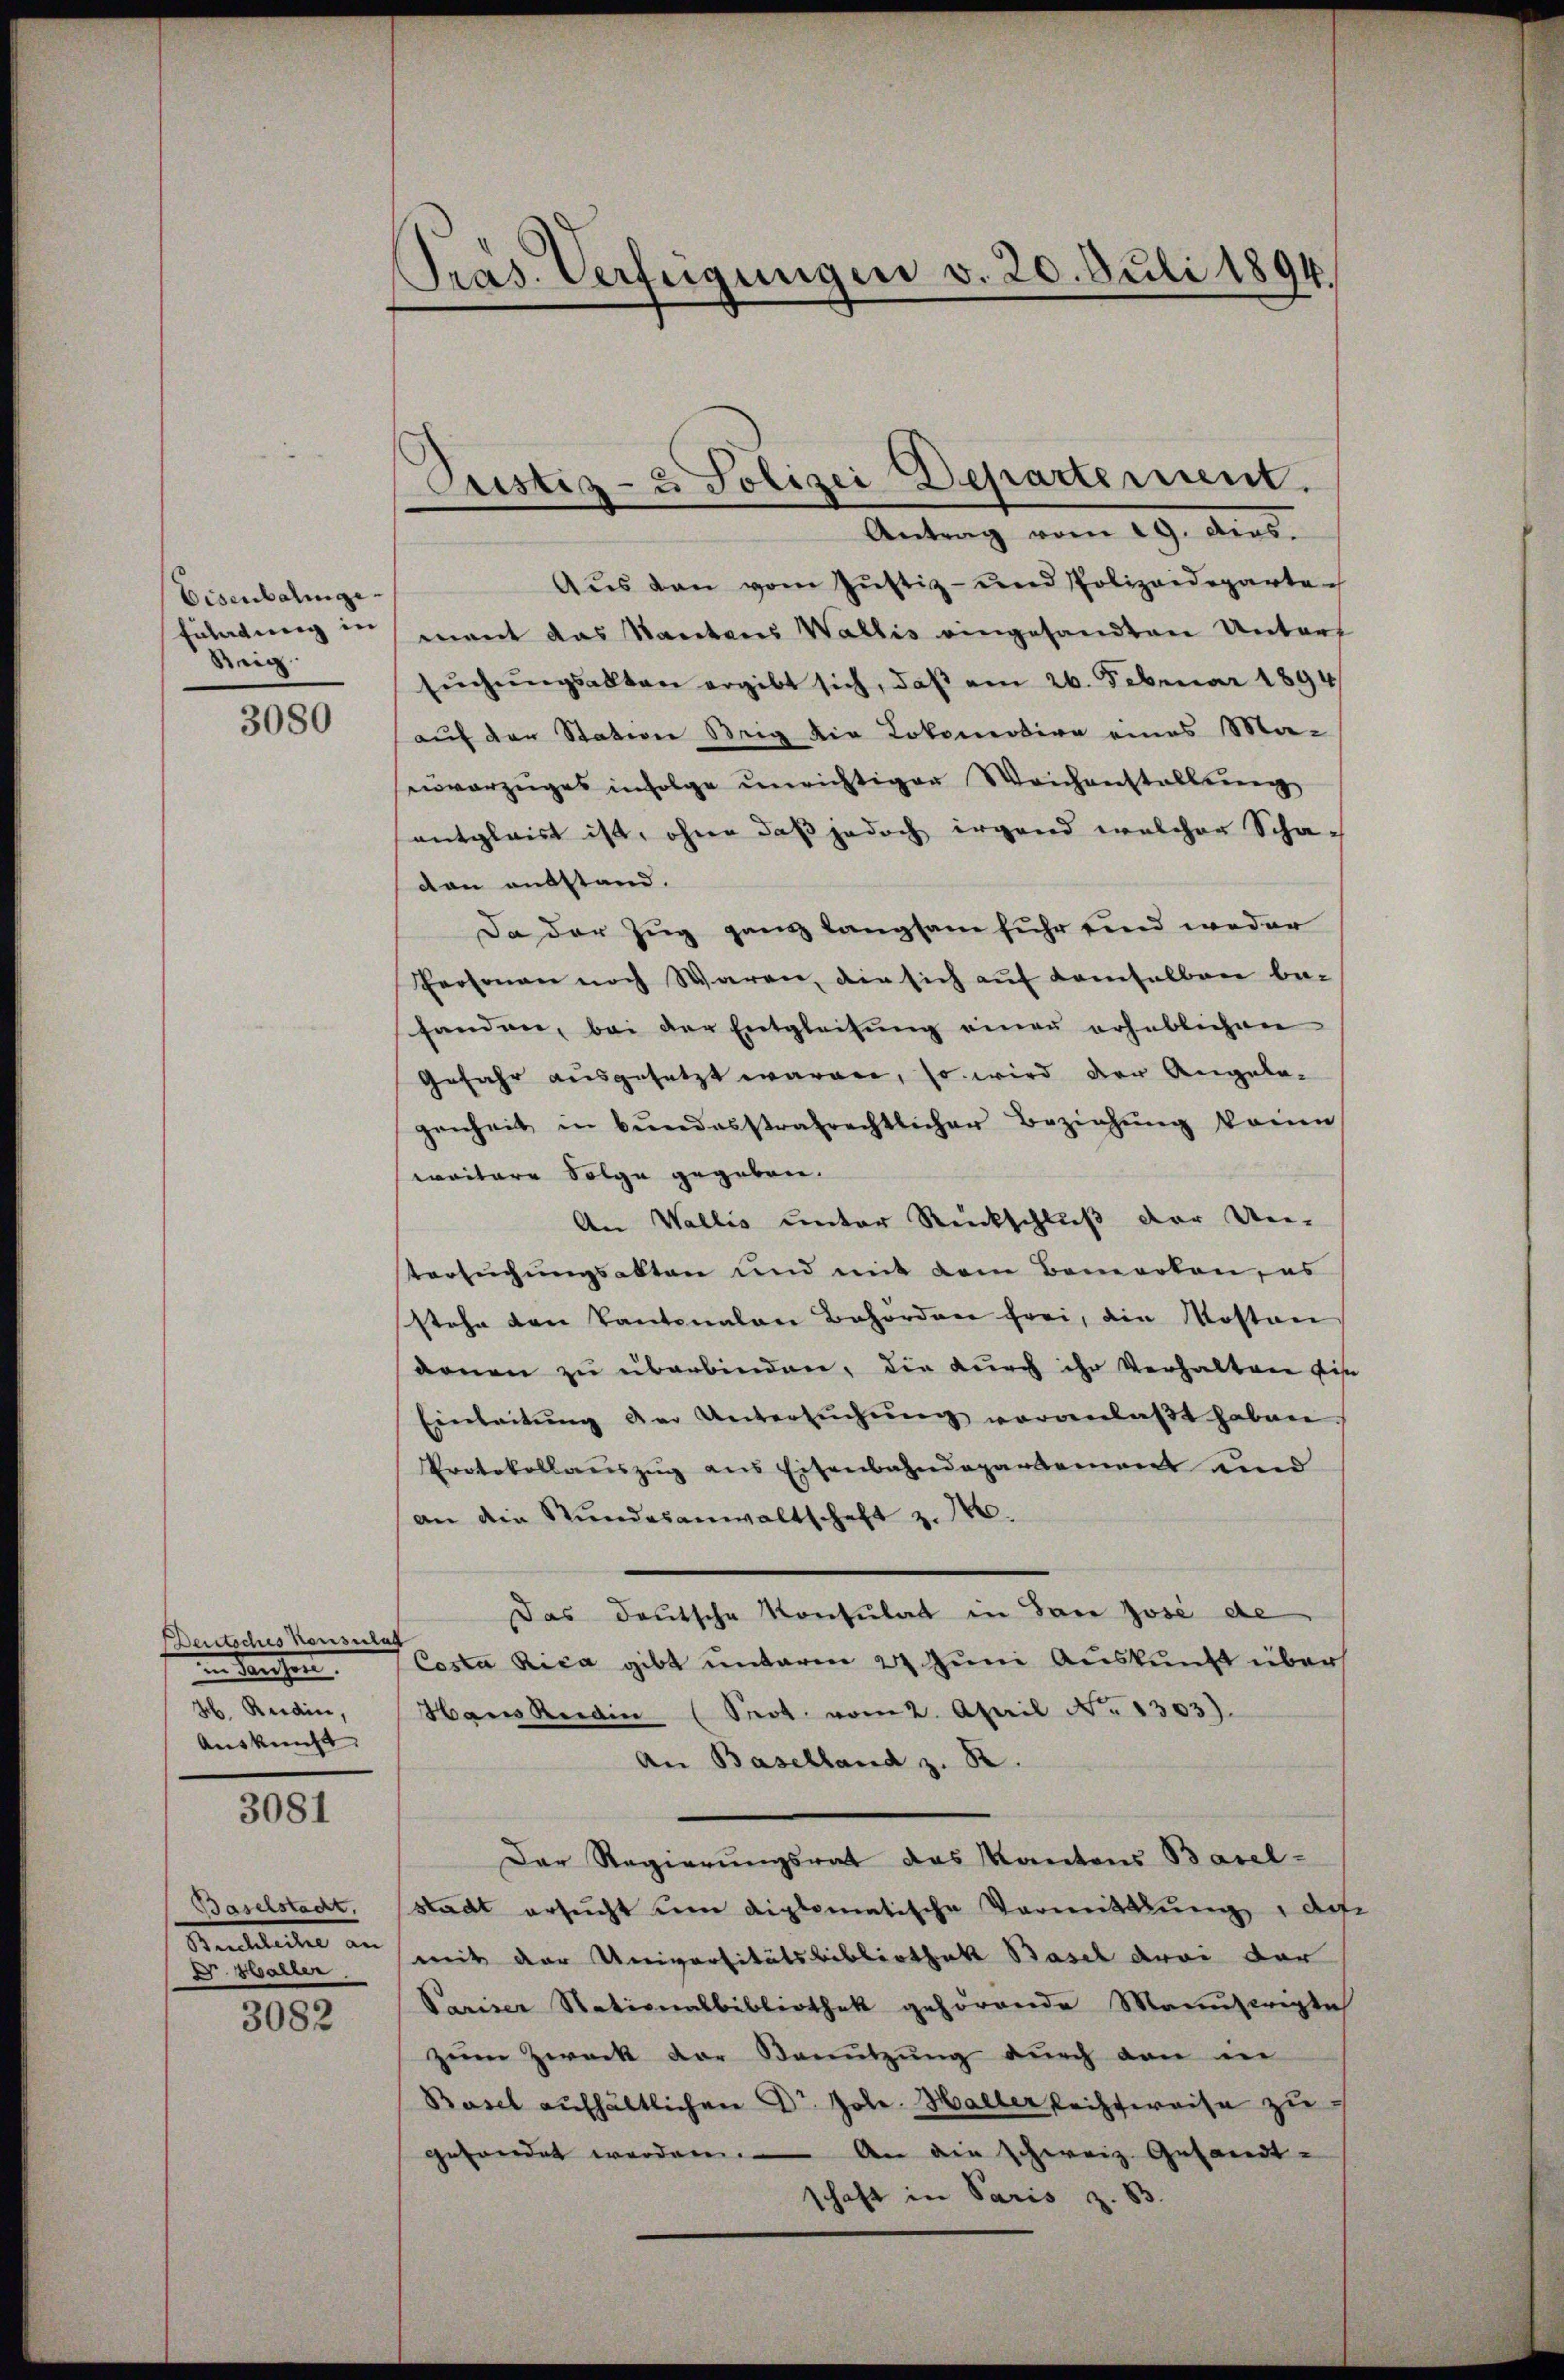
Eisenbalinge¬
Enladung in
Sein

3080

Deutsches Konsulat
n drechen.
4. Recdin,
Auskunft

3081

Baselstadt,
Fautleute an
V. alter

3082

Präs. Verfügungen v. 20. Juli 1894.

Justiz- & Polizei Departement.
Antrag vom 19. dies.

Aŭs den vom Jŭstiz- und Polizeideparte
ment das Kantons Wallis eingesandten Unters
sŭchŭngsakten ergibt sich, daβ am 26. Februar 1894
auf der Station Beig die Lokomotive eines Ma-
vorzuges infolge unrichtiger Weichenstallung
entgleist ist, ohne daß jedoch irgend welcher Scha-
dann ausstand.
Da der Zug ganz langsam fuhr und weder
Personen noch Waren, die sich auf demselben behanden, bei der Entgleitung einer erheblichen
Gefahr ausgesetzt wären, so wird der Angelagenheit in Bŭndesstrafrechtlicher Beziehŭng könne,
waitere Folge gegeben.
An Wallis unter Rückschluß der Un-
tersuchungsakten und mit dem Bemerken, es
stehe den Kantonalen Behörden frei, die Mostan
arnen zu überbinden, die durch ihr Verhalten bis
Einleitŭng der Untersŭchŭng vorgenlaβt haben
Protokollaŭszŭg ans Eisenbahndepartement und
an die Stundesanwaltschaft z. 16.
Das Deutsche Konsulat in San Josi de
Costa Rica gibt unterm 27 Juni Auskunft über
Hans Kerdin (Prot. vom 2. April No 1303).
An Baselland z. B.
Der Regierungsrat das Kantons Basel-
stadt ersucht um diplomatische Vormittlung des
mit der Universitätsbibliothek Basel drei der
Pariser Stationesbibliothek gehörende Manuscriptes
zŭm Zweck der Benŭtzŭng dŭrch den in
Basel aufhältlichen Dr. Jole. Hallerlechtweise zu
gefandet werden. An die schweiz. Gesandt-
schaft in Paris z. B.